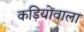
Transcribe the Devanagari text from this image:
कड़ियोंवाला